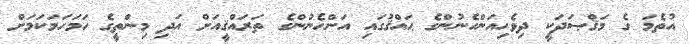
އުތެމަ ގެ މަޤްޞަދަކީ ދިވެހިއަންހެނުންގެ ޙައްޤުގައި އަންހެނުންގެ ތަރައްޤީއަށް އަދި މިންތީގެ ހަމަހަމަކަމަށް